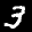
Label: 3